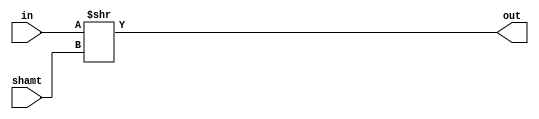
module right_shift ( // Logical right shift
	input [15:0] in,
	input [3:0] shamt,
	output [15:0] out );
	assign out = in >> shamt;
endmodule